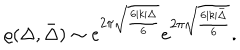
\varrho ( \Delta , \bar { \Delta } ) \sim e ^ { 2 \pi \sqrt { \frac { 6 | k | \Delta } { 6 } } } e ^ { 2 \pi \sqrt { \frac { 6 | k | \bar { \Delta } } { 6 } } } .